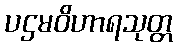
ပဌမဝိဟာရသုတ္တ